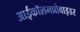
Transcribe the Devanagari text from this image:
आईकॉलमप्रोवाइडर